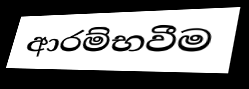
ආරම්භවීම